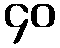
၄၀